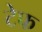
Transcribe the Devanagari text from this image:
टेफ